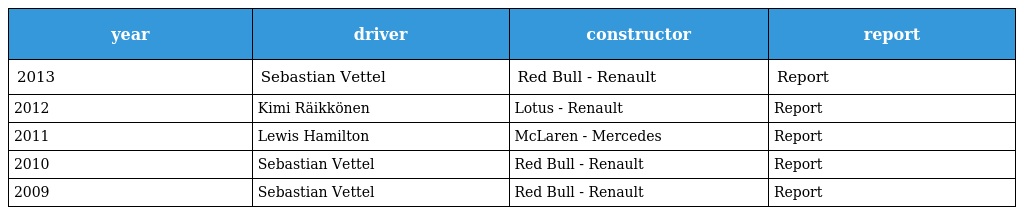
| year | driver | constructor | report |
 | --- | --- | --- | --- |
 | 2013 | Sebastian Vettel | Red Bull - Renault | Report |
 | 2012 | Kimi Räikkönen | Lotus - Renault | Report |
 | 2011 | Lewis Hamilton | McLaren - Mercedes | Report |
 | 2010 | Sebastian Vettel | Red Bull - Renault | Report |
 | 2009 | Sebastian Vettel | Red Bull - Renault | Report |